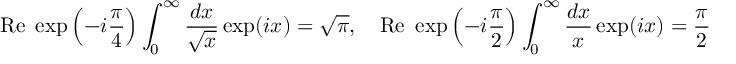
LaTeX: \mathrm { R e } ~ \exp \left( - i \frac { \pi } { 4 } \right) \int _ { 0 } ^ { \infty } \frac { d x } { \sqrt { x } } \exp ( i x ) = \sqrt { \pi } , \quad \mathrm { R e } ~ \exp \left( - i \frac { \pi } { 2 } \right) \int _ { 0 } ^ { \infty } \frac { d x } { x } \exp ( i x ) = \frac { \pi } { 2 }